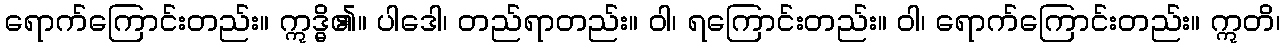
ရောက်ကြောင်းတည်း။ ဣဒ္ဓိ၏။ ပါဒေါ၊ တည်ရာတည်း။ ဝါ၊ ရကြောင်းတည်း။ ဝါ၊ ရောက်ကြောင်းတည်း။ ဣတိ၊